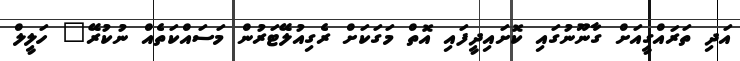
އަދި ތަރައްގީއަށް ގާނޫނުގައި ކޮށައިދީފައި އޮތް މަގަކަށް ރެގިއުލޭޓަރުން މަސައްކަތެއް ނުކުރޭ" ހަލީލް